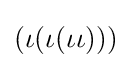
(\iota (\iota (\iota \iota )))